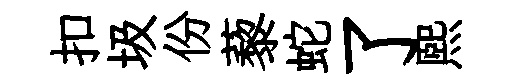
扣圾份藜蛇了熙